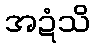
အဍံသိ